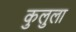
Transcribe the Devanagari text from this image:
कुलुला